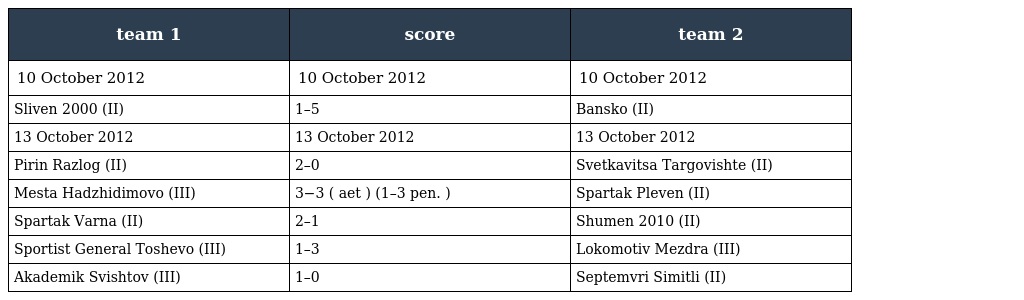
| team 1 | score | team 2 |
 | --- | --- | --- |
 | 10 October 2012 | 10 October 2012 | 10 October 2012 |
 | Sliven 2000 (II) | 1–5 | Bansko (II) |
 | 13 October 2012 | 13 October 2012 | 13 October 2012 |
 | Pirin Razlog (II) | 2–0 | Svetkavitsa Targovishte (II) |
 | Mesta Hadzhidimovo (III) | 3−3 ( aet ) (1–3 pen. ) | Spartak Pleven (II) |
 | Spartak Varna (II) | 2–1 | Shumen 2010 (II) |
 | Sportist General Toshevo (III) | 1–3 | Lokomotiv Mezdra (III) |
 | Akademik Svishtov (III) | 1–0 | Septemvri Simitli (II) |